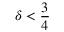
\delta < { \frac { 3 } { 4 } }